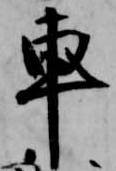
車